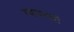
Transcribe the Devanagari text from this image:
ग्याम्त्सो